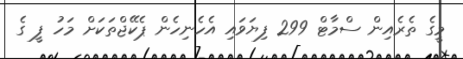
މީގެ ތެރެއިން ސްމާޓް 299 ފިޔަވައި އެހެނިހެން ޕެކޭޖްތަކަށް މަހު ފީ ގެ